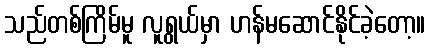
သည်တစ်ကြိမ်မူ လူရွယ်မှာ ဟန်မဆောင်နိုင်ခဲ့တော့။